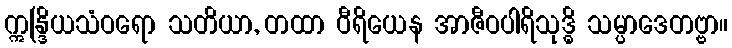
ဣန္ဒြိယသံဝရော သတိယာ, တထာ ဝီရိယေန အာဇီဝပါရိသုဒ္ဓိ သမ္ပာဒေတဗ္ဗာ။